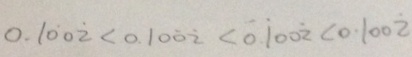
0 . 1 \dot { 0 } 0 \dot { 2 } < 0 . 1 0 \dot { 0 } \dot { 2 } < 0 . \dot { 1 } 0 0 \dot { 2 } < 0 . 1 0 0 \dot { 2 }